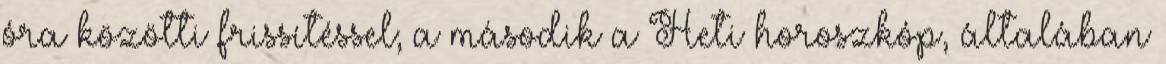
óra közötti frissítéssel; a második a Heti horoszkóp, általában